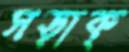
সড়াক্‌